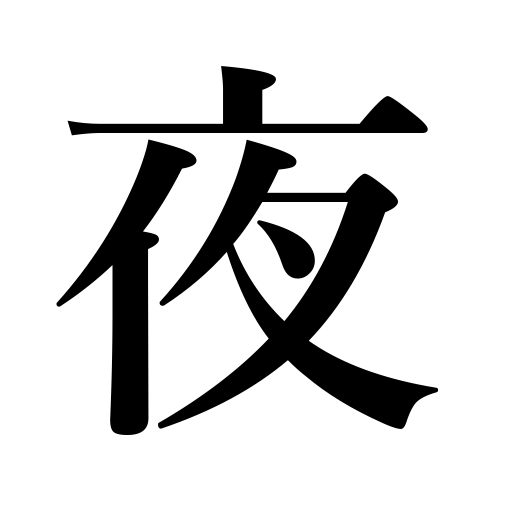
Meanings: nighttime,at night,night,evening